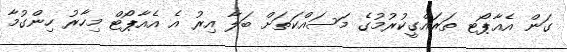
ގަން އެއާޕޯޓ ތަރައްގީކުރުމުގެ މަސައްކަތަށް ބަލާ އިރު އެ އެއާޕޯޓް މިހާރު ހިންގުމާ